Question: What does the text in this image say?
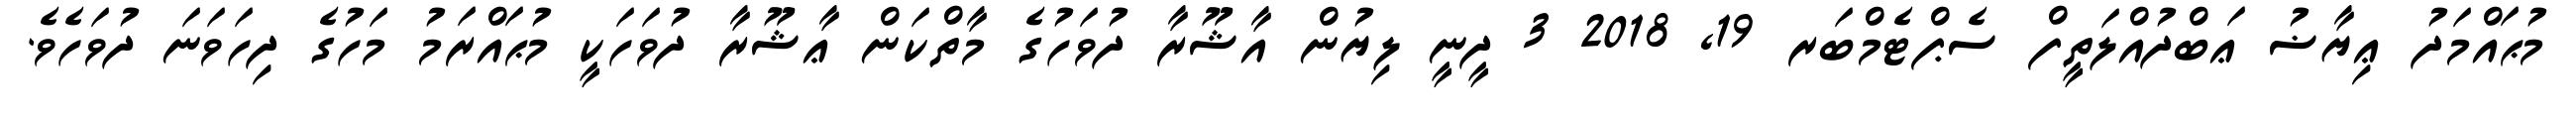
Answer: މުޙައްމަދު ޢިޔާޟު ޢަބްދުއްލަތީފް ސެޕްޓެމްބަރ 19, 2018 3 ދީނީ ލިޔުން އާޝޫރާ ދުވަހުގެ މާތްކަން ޢާޝޫރާ ދުވަހަކީ މުޙައްރަމު މަހުގެ ދިހަވަނަ ދުވަހެވެ.